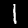
Digit: 1